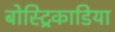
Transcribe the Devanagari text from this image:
बोस्ट्रिकाडिया